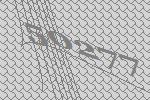
50277